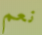
نعم